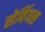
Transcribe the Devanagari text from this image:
सेर्वियस